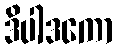
ဒိပါဒကော